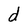
Character: d